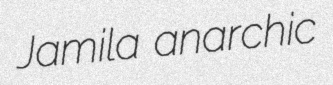
Jamila anarchic